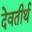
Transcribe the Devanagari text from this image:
देवतीर्थ